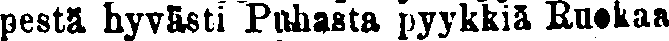
pestä hyvästi Puhasta pyykkiä Ruokaa